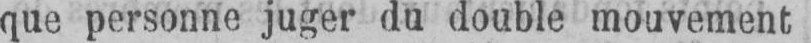
que personne juger du double mouvement